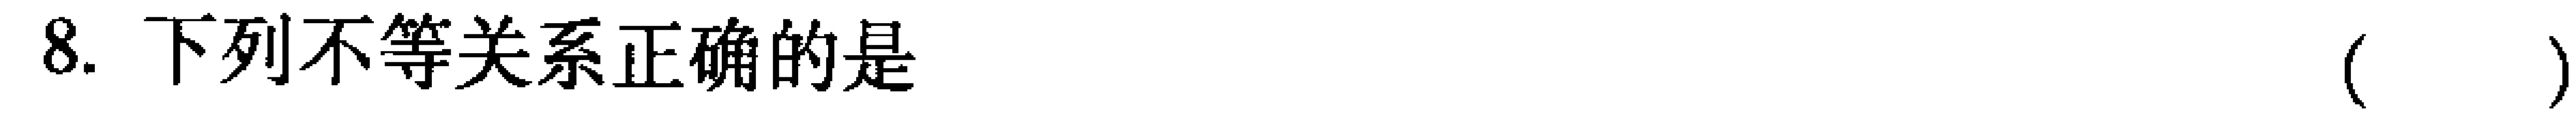
8. 下列不等关系正确的是 （  ）